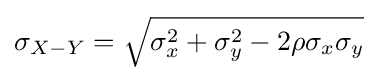
\sigma _{X-Y}={\sqrt {\sigma _{x}^{2}+\sigma _{y}^{2}-2\rho \sigma _{x}\sigma _{y}}}